Leaving Certificate Examination (including Day School Certificate (Higher) General paper), 1936
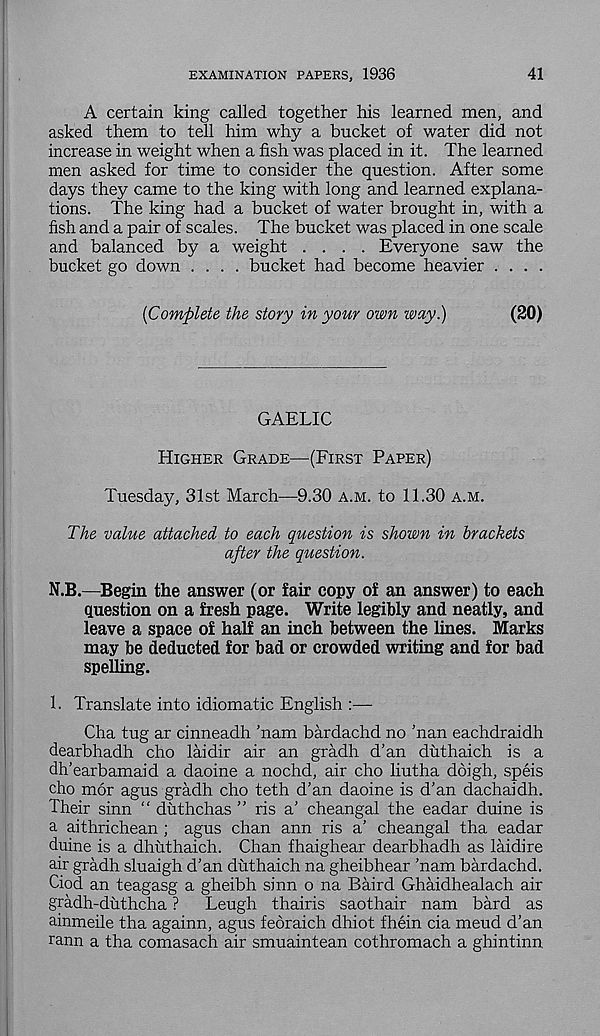
EXAMINATION PAPERS, 1936
41
A certain king called together his learned men, and
asked them to tell him why a bucket of water did not
increase in weight when a fish was placed in it. The learned
men asked for time to consider the question. After some
days they came to the king with long and learned explana-
tions. The king had a bucket of water brought in, with a
fish and a pair of scales. The bucket was placed in one scale
and balanced by a weight .... Everyone saw the
bucket go down .... bucket had become heavier . . . .
{Complete the story in your own way.)
(20)
GAELIC
Higher Grade—(First Paper)
Tuesday, 31st March—9.30 a.m. to 11.30 a.m.
The value attached to each question is shown in brackets
after the question.
N.B.—Begin the answer (or fair copy of an answer) to each
question on a fresh page. Write legibly and neatly, and
leave a space of half an inch between the lines. Marks
may be deducted for bad or crowded writing and for bad
spelling.
1. Translate into idiomatic English :—
Cha tug ar cinneadh ’nam bardachd no ’nan eachdraidh
dearbhadh cho laidir air an gradh d’an duthaich is a
dh’earbamaid a daoine a nochd, air cho liutha doigh, speis
cho mor agus gradh cho teth d’an daoine is d’an dachaidh.
Their sinn “ duthchas ” ris a’ cheangal the eadar duine is
a aithrichean ; agus chan ann ris a’ cheangal tha eadar
duine is a dhuthaich. Chan fhaighear dearbhadh as laidire
air gradh sluaigh d’an duthaich na gheibhear ’nam bardachd.
Ciod an teagasg a gheibh sinn o na Baird Ghaidhealach air
gradh-duthcha ?
Leugh thairis saothair nam bard as
ainmeile tha againn, agus feoraich dhiot fhein cia meud d’an
rann a tha comasach air smuaintean cothromach a ghintinn